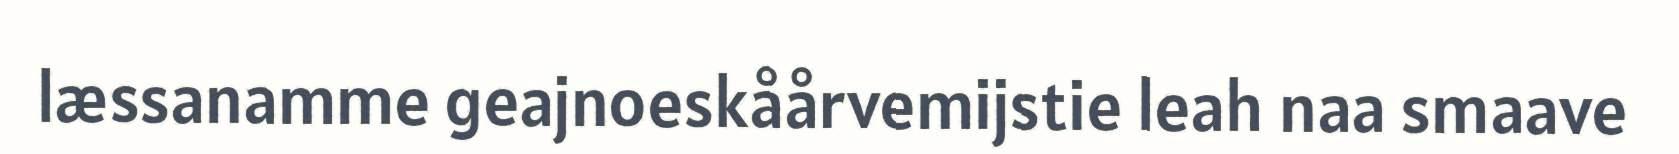
læssanamme geajnoeskåårvemijstie leah naa smaave